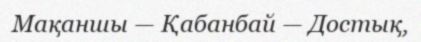
Мақаншы — Қабанбай — Достық,